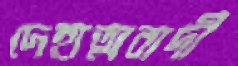
দেহাত্মবাদী